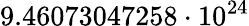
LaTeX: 9.46073047258\cdot 10^{24}